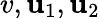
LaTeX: v,\mathbf{u}_{1},\mathbf{u}_{2}